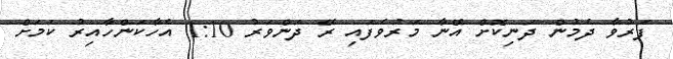
ފަރުވާ ދެމުން ދަނިކޮށް އޭނާ މަރުވެފައި ރޭ ދަންވަރު 1:10 އެހާކަންހާއިރު ކަމަށް